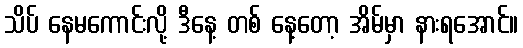
သိပ် နေမကောင်းလို့ ဒီနေ့ တစ် နေ့တော့ အိမ်မှာ နားရအောင်။